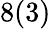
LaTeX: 8(3)